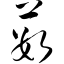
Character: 薮